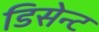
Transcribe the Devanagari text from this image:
डिसेन्ट